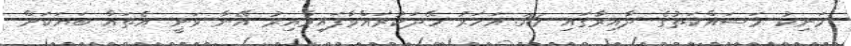
މަނިކު މަސައްކަތުގެ ދާއިރާގައި 36 އަހަރު ހޭދަކުރައްވާފައިވާއިރު އޭނާ ވަނީ އެތައް ބަޔަކަށް